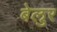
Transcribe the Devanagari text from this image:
बेलुर